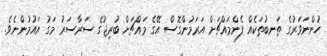
ހުންނަވަރުގެ ތަނބުތަކެއް ފެންމައްޗަށް އަރަމުންގޮސް އޭގެ މައްޗަށް ބުރިޖުގެ ސަރާސަރު މަގު އައުމުންނެވެ.